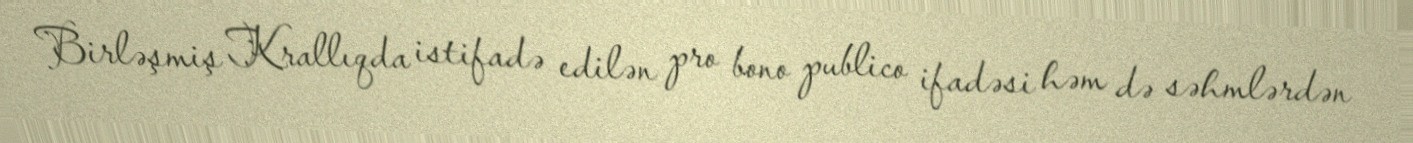
Birləşmiş Krallıqda istifadə edilən pro bono publico ifadəsi həm də səhmlərdən